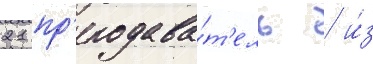
21 пр'еподава́т'ель / и́з